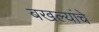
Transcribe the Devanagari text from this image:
बखल्यांचे